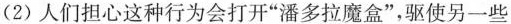
(2)人们担心这种行为会打开”潘多拉魔盒”，驱使另一些